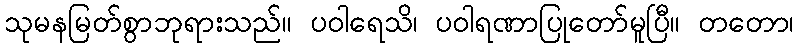
သုမနမြတ်စွာဘုရားသည်။ ပဝါရေသိ၊ ပဝါရဏာပြုတော်မူပြီ။ တတော၊